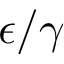
\epsilon / \gamma